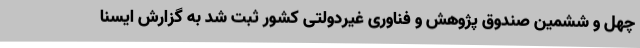
چهل و ششمین صندوق پژوهش و فناوری غیردولتی کشور ثبت شد به گزارش ایسنا